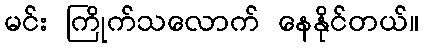
မင်း ကြိုက်သလောက် နေနိုင်တယ်။